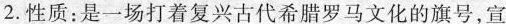
2.性质：是一场打着复兴古代希腊罗马文化的旗号，宣